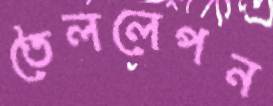
তৈললেপন